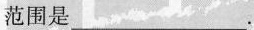
范围是___.